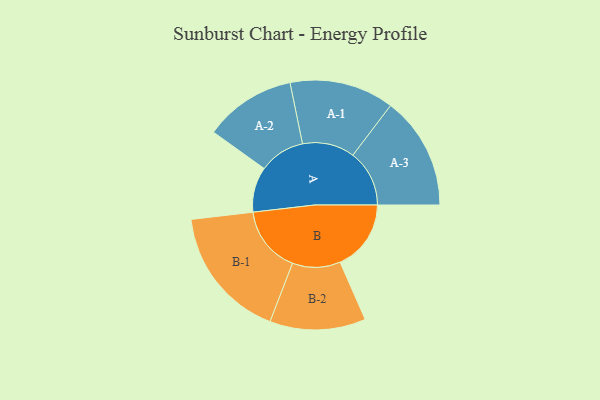
{"axis": {"x": "Segment", "y": "Value"}, "legend": ["", "A", "B"], "data": [{"x": "A", "y": 169, "type": ""}, {"x": "B", "y": 265, "type": ""}, {"x": "A-1", "y": 195, "type": "A"}, {"x": "A-2", "y": 171, "type": "A"}, {"x": "A-3", "y": 211, "type": "A"}, {"x": "B-1", "y": 249, "type": "B"}, {"x": "B-2", "y": 179, "type": "B"}]}